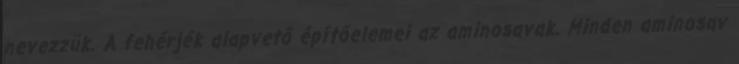
nevezzük. A fehérjék alapvető építőelemei az aminosavak. Minden aminosav